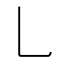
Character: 乚